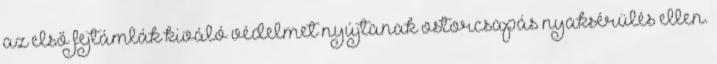
az első fejtámlák kiváló védelmet nyújtanak ostorcsapás nyaksérülés ellen.